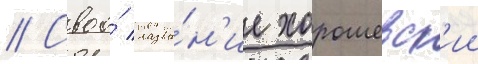
// Своо́ назва́н'ие хорошевск'ии